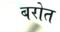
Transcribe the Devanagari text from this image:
बरोत